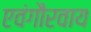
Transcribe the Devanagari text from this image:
एवंगौरवाय